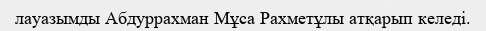
лауазымды Абдуррахман Мұса Рахметұлы атқарып келеді.